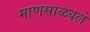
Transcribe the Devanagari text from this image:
माणसाळवले